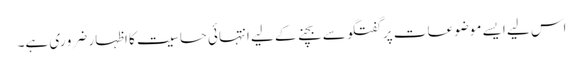
اس لیے ایسے موضوعات پر گفتگو سے بچنے کے لیے انتہائی حساسیت کا اظہار ضرو ری ہے۔